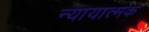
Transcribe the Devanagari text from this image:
न्यायात्मक